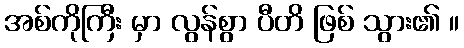
အစ်ကိုကြီး မှာ လွန်စွာ ပီတိ ဖြစ် သွား၏ ။